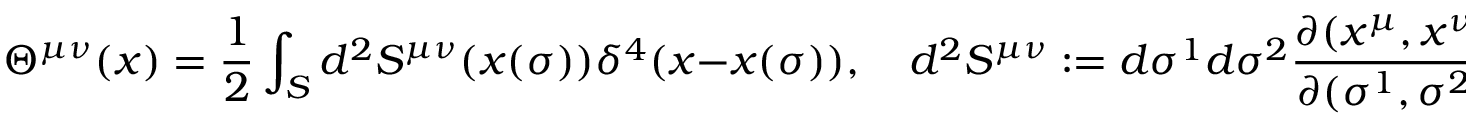
\Theta ^ { \mu \nu } ( x ) = { \frac { 1 } { 2 } } \int _ { S } d ^ { 2 } S ^ { \mu \nu } ( x ( \sigma ) ) \delta ^ { 4 } ( x - x ( \sigma ) ) , \quad d ^ { 2 } S ^ { \mu \nu } : = d \sigma ^ { 1 } d \sigma ^ { 2 } { \frac { \partial ( x ^ { \mu } , x ^ { \nu } ) } { \partial ( \sigma ^ { 1 } , \sigma ^ { 2 } ) } } .